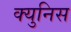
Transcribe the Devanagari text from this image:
क्युनिस